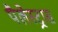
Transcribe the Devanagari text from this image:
पैलेस्ट्रास